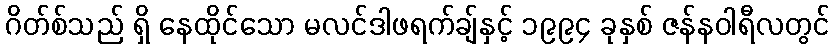
ဂိတ်စ်သည် ရှိ နေထိုင်သော မလင်ဒါဖရက်ချ်နှင့် ၁၉၉၄ ခုနှစ် ဇန်နဝါရီလတွင်